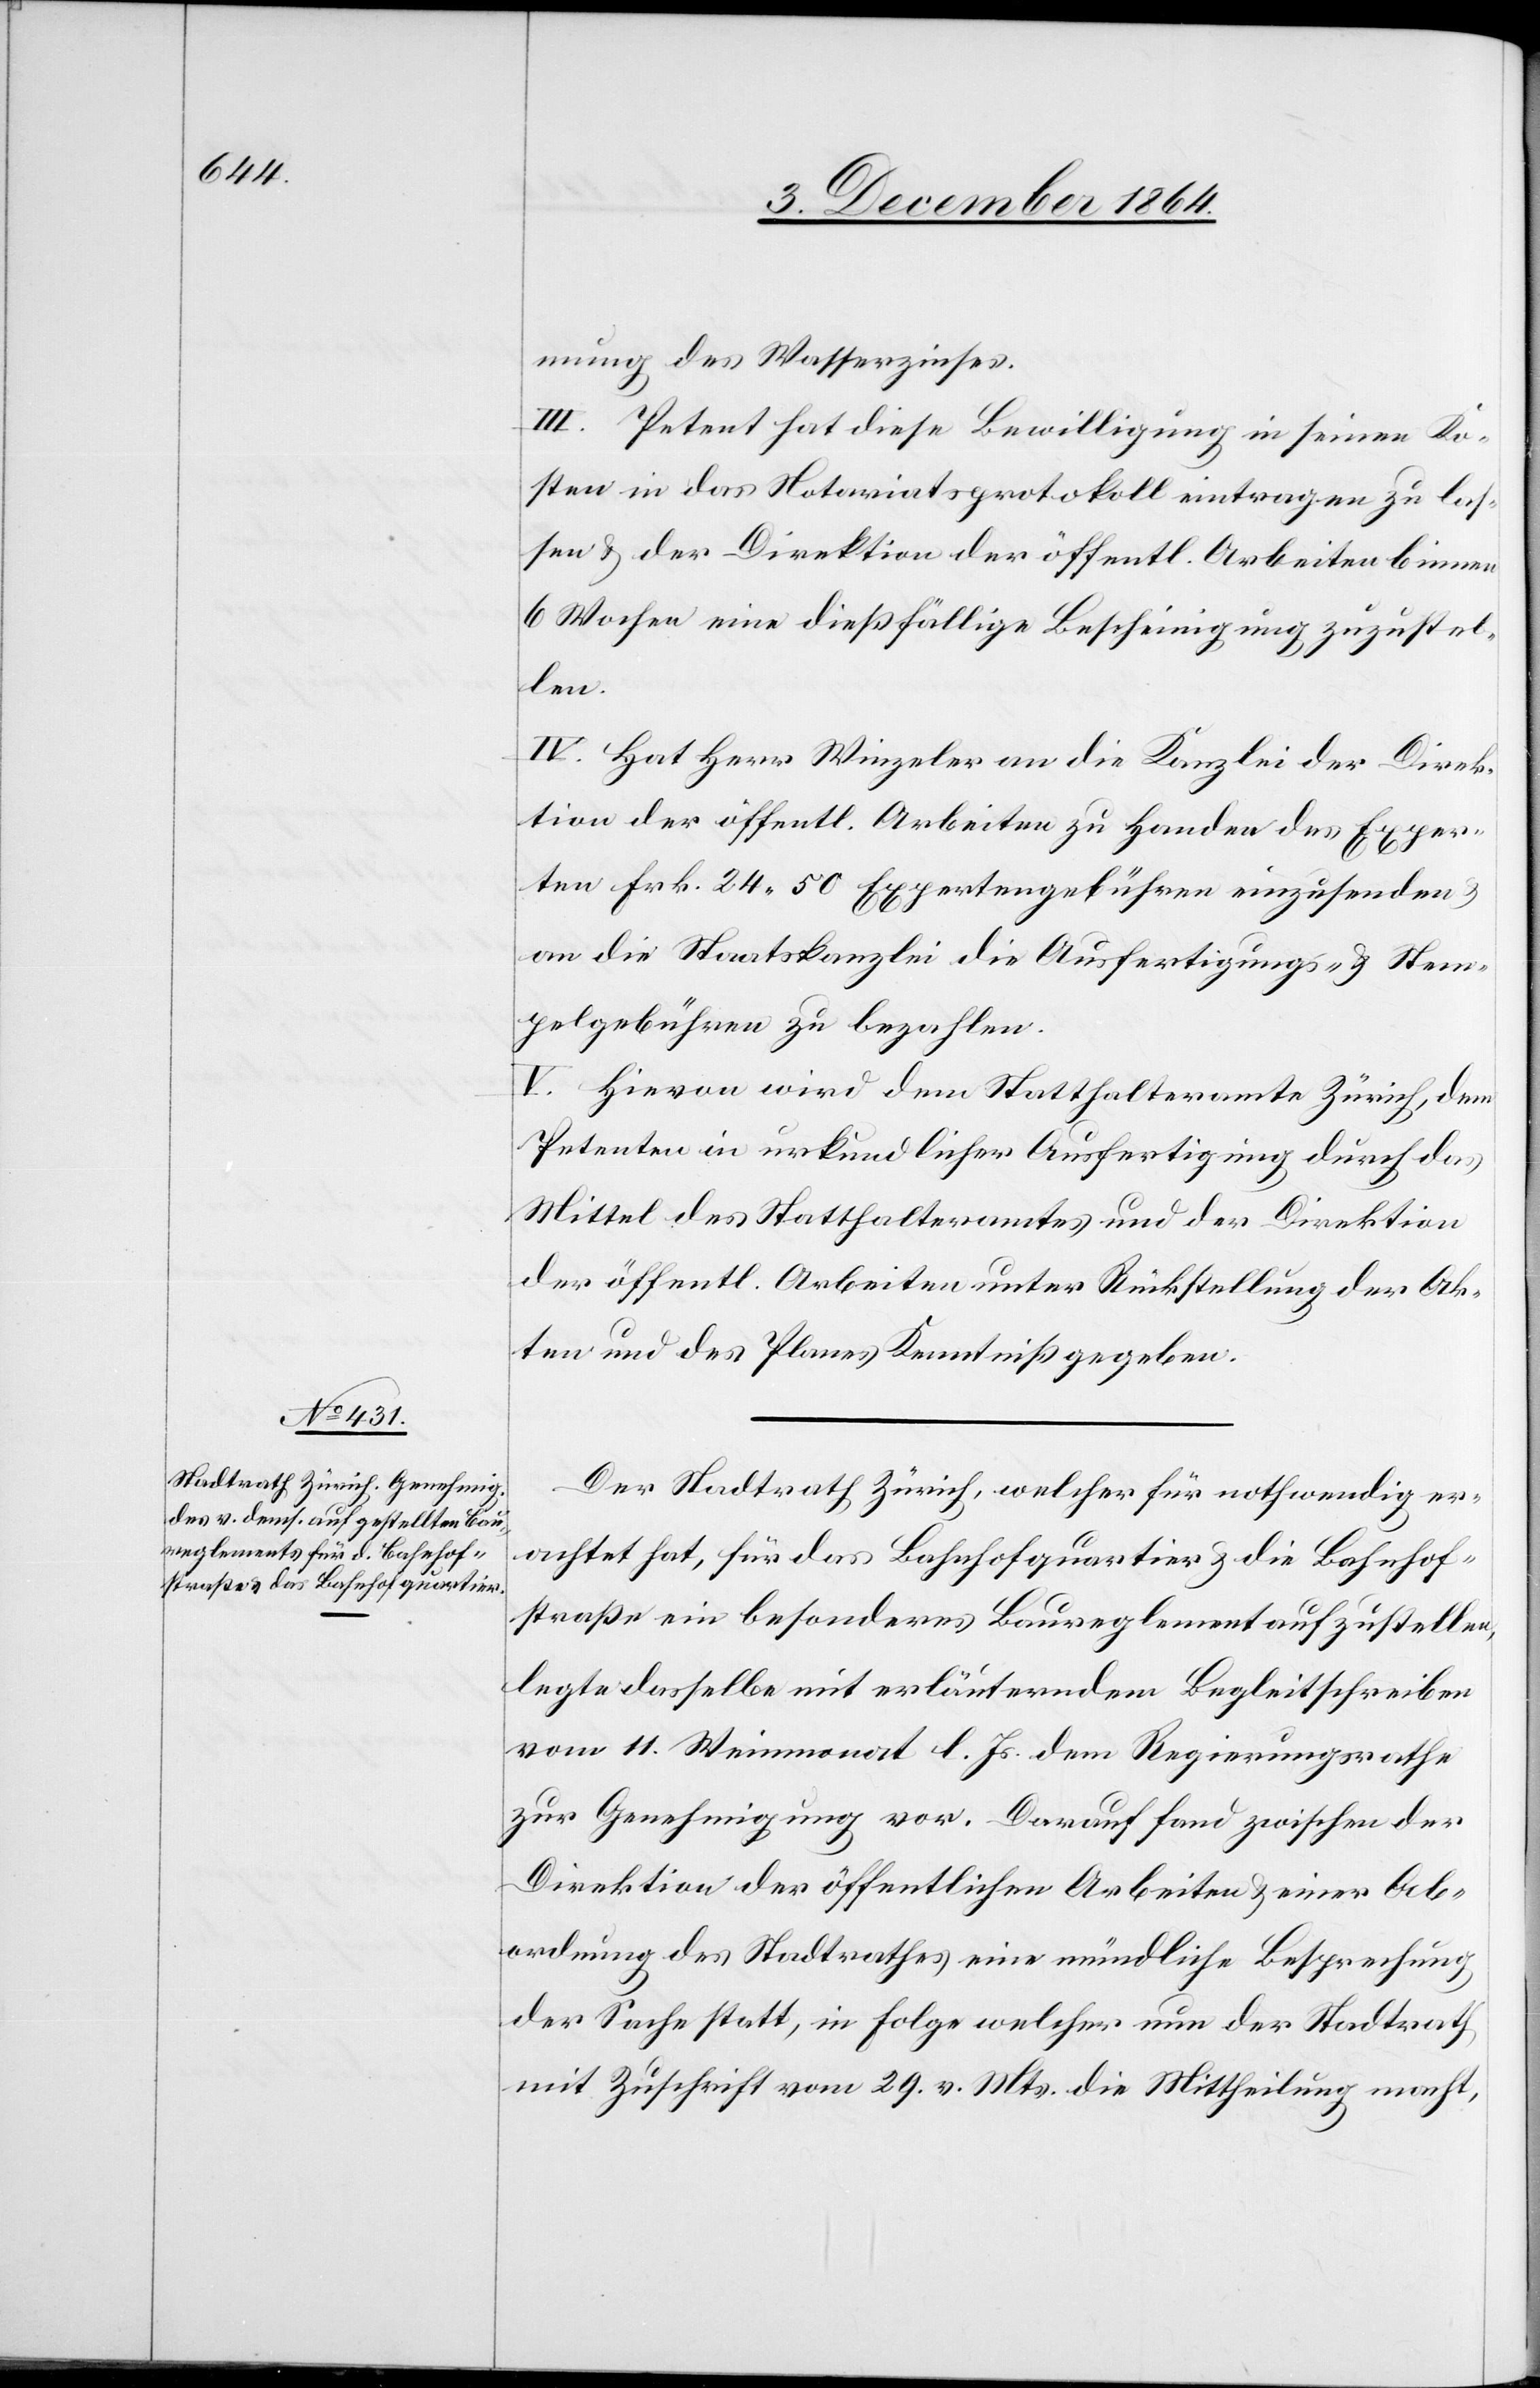
mung des Wasserzinses.
III. Petent hat diese Bewilligung in seinen Ko¬
sten in das Notariatsprotokoll eintragen zu las¬
sen & der Direktion der öffentl. Arbeiten binnen
6 Wochen eine dießfällige Bescheinigung zuzustel¬
len.
IV. Hat Herr Winzeler an die Kanzlei der Direk¬
tion der öffentl. Arbeiten zu Handen des Exper¬
ten Frk. 24.50 Expertengebühren einzusenden
an die Staatskanzlei die Ausfertigungs- & Stem¬
pelgebühren zu bezahlen.
V. Hievon wird dem Statthalteramte Zürich, dem
Petenten in urkundlicher Ausfertigung durch das
Mittel des Statthalteramtes und der Direktion
der öffentl. Arbeiten unter Rückstellung der Ak¬
ten und des Planes Kenntniß gegeben.
Der Stadtrath Zürich, welcher für nothwendig er¬
achtet hat, für das Bahnhofquartier & die Bahnhof¬
straße ein besonderes Baureglement aufzustellen,
legte dasselbe mit erläuterndem Begleitschreiben
vom 11. Weinmonat l. Js. dem Regierungsrathe
zur Genehmigung vor. Darauf fand zwischen der
Direktion der öffentlichen Arbeiten & einer Ab¬
ordnung des Stadtrathes eine mündliche Besprechung
der Sache statt, in Folge welcher nun der Stadtrath
mit Zuschrift vom 29. v. Mts. die Mittheilung macht,